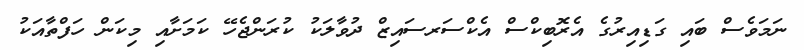
ނަމަވެސް ބައި ގަޑިއިރުގެ އެރޮބިކްސް އެކްސަރސައިޒް ދުވާލަކު ކުރަންޖެހޭ ކަމަށާއި މިކަން ހަފްތާއަކު